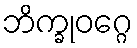
ဘိက္ခုဝဂ္ဂေ